Civil Veterinary Department Bihar & Orissa reports 1922-29 - 1922-1929
Year: 1922
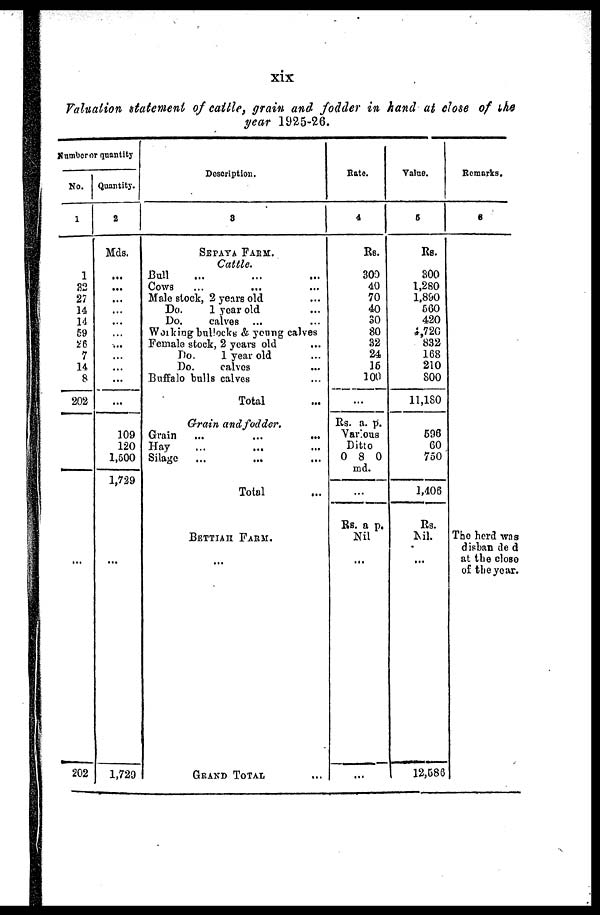
xix
Valuation statement of cattle, grain and fodder in hand at close of the
year 1925-26.
Number or quantity
No.
1
1
32
27
14
14
59
26
7
14
8
202
202
Quantity.
2
Mds.
...
109
120
1,500
1,729
1,729
Description.
8
SEPAYA FARM.
Cattle.
Bull
COWS
Male slock, 2 years old
Do.
1 year old
Do.
calves
Working bullocks & young calves
Female stock, 2 years old
Do.
1 year old
Do.
calves
Buffalo bulls calves
Total
Grain and fodder.
Grain
Hay
Silage
Total
BETTIAH
FARM.
GRAND TOTAL ...
Bate.
4
Rs.
300
40
70
40
30
80
32
24.
16
100
Rs. a. p.
Various
Ditto
0 8 0
md.
Rs. a p.
Nil
...
Value.
5
Rs.
300
1,280
1.890
560
420
4,72G
832
168
210
800
11,180
596
60
750
1,406
Rs.
Nil
12,586
Remarks.
6
The herd was
disban de d
at the close
of the year.